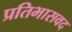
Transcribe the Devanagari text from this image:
प्रतिभासवद